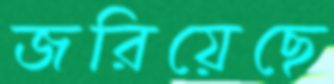
জরিয়েছে